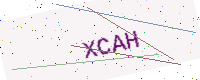
Text: XCAH